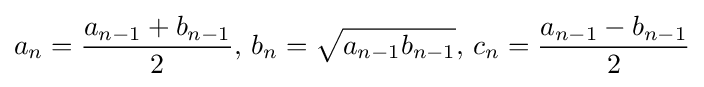
a_{n}={\frac {a_{n-1}+b_{n-1}}{2}},\,b_{n}={\sqrt {a_{n-1}b_{n-1}}},\,c_{n}={\frac {a_{n-1}-b_{n-1}}{2}}